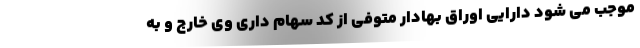
موجب می شود دارایی اوراق بهادار متوفی از کد سهام داری وی خارج و به